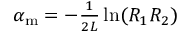
\begin{array} { r } { \alpha _ { \mathrm { m } } = - \frac { 1 } { 2 L } \ln ( R _ { 1 } R _ { 2 } ) } \end{array}